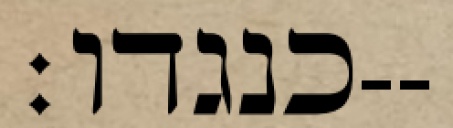
כנגדו׃--